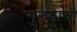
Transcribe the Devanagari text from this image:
गुरुबाबा